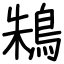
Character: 鴸